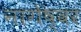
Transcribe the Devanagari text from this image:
नागेष्वर